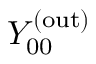
Y _ { 0 0 } ^ { ( \mathrm { o u t } ) }